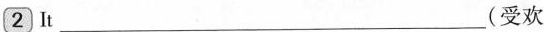
\boxed{2}It ___(受欢